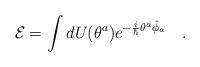
LaTeX: \begin{align*}{\cal E}=\int dU(\theta^a)e^{-\frac{i}{\hbar}\theta^a\hat{\phi}_a}\ \ \ .\end{align*}